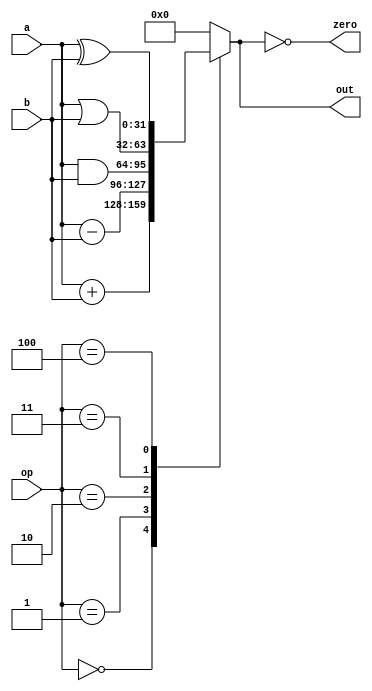
module Alu(op, a, b, out , zero);
    input [2:0] op;
    input [31:0] a, b;
    output reg [31:0] out;
    output zero;
    assign zero = (out == 32'b0);
    always @(op, a, b)begin
        out = 32'b0;
        case (op)
            3'b000: out = a+b;
            3'b001: out = a-b;
            3'b010: out = a&b;
            3'b011: out = a|b;
            3'b100: out = a^b;
            // must change to their equal
        endcase
    end

endmodule